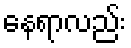
နေရာလည်း